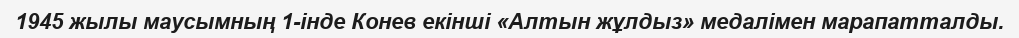
1945 жылы маусымның 1-інде Конев екінші «Алтын жұлдыз» медалімен марапатталды.